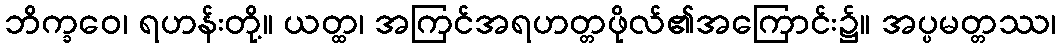
ဘိက္ခဝေ၊ ရဟန်းတို့။ ယတ္ထ၊ အကြင်အရဟတ္တဖိုလ်၏အကြောင်း၌။ အပ္ပမတ္တဿ၊